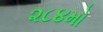
૨૮૪મો